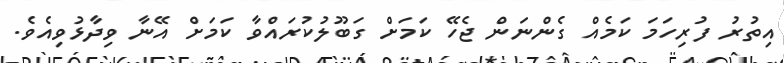
އިތުރު ފުރިހަމަ ކަމެއް ގެންނަން ޖެހޭ ކަމަށް ގަބޫލުކުރައްވާ ކަމަށް އޭނާ ވިދާޅުވިއެވެ.